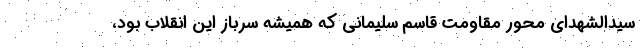
سیدالشهدای محور مقاومت قاسم سلیمانی که همیشه سرباز این انقلاب بود،